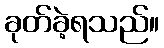
ခုတ်ခဲ့ရသည်။